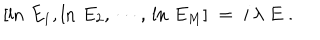
LaTeX: [ \ln \, E _ { 1 } , \ln \, E _ { 2 } , \, \cdots , \, \ln \, E _ { M } ] \; = \; i \, \lambda \; E \; .